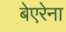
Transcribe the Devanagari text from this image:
बेएरेना